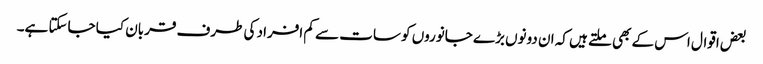
بعض اقوال اس کے بھی ملتے ہیں کہ ان دونوں بڑے جانوروں کو سات سے کم افراد کی طرف قربان کیا جاسکتا ہے۔